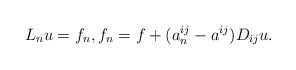
\begin{align*}L_n u=f_n,f_n=f+(a^{ij}_n-a^{ij})D_{ij}u.\end{align*}